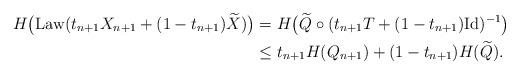
LaTeX: \begin{align*}H\big(\mathrm{Law}(t_{n+1}X_{n+1} + (1-t_{n+1})\widetilde{X})\big) &= H\big(\widetilde{Q} \circ (t_{n+1}T + (1-t_{n+1})\mathrm{Id})^{-1}\big) \\&\le t_{n+1}H(Q_{n+1}) + (1-t_{n+1})H(\widetilde{Q}).\end{align*}